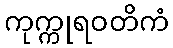
ကုက္ကုရဝတိကံ